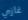
غازي